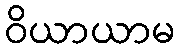
ဝိယာယာမ